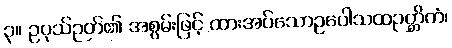
၃။ ဥပုသ်ဉတ်၏ အစွမ်းဖြင့် ထားအပ်သောဥပေါသထဉတ္တိကံ၊